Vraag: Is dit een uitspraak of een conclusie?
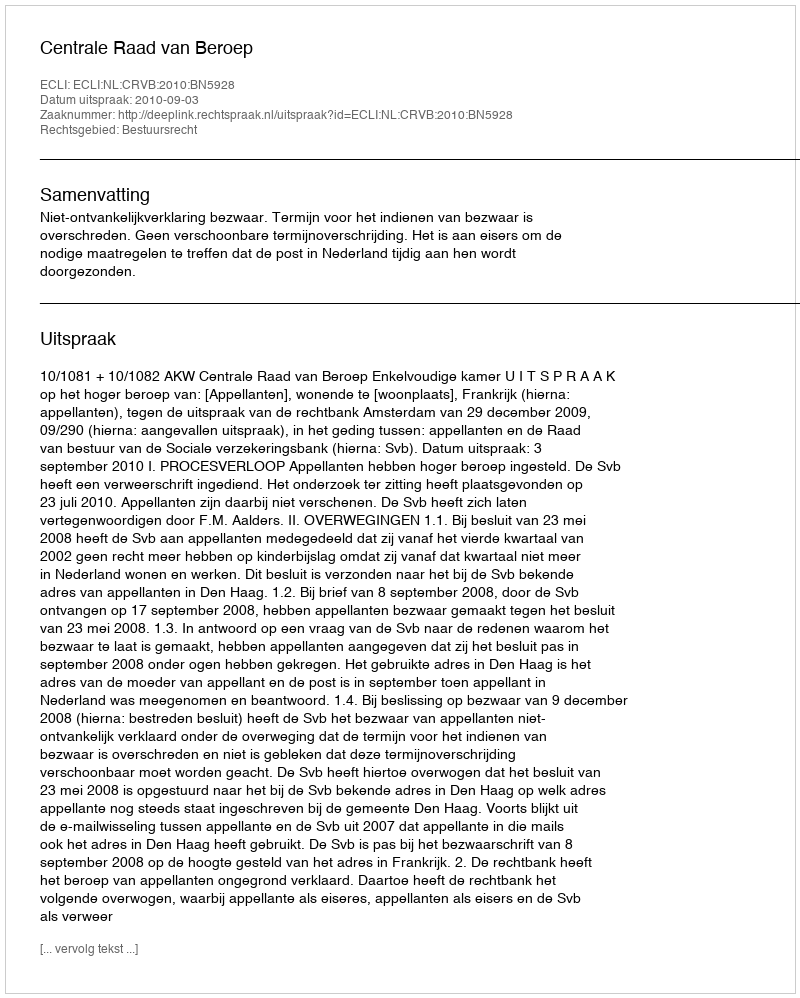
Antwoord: Uitspraak